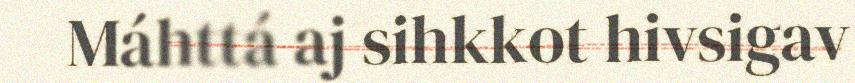
Máhttá aj sihkkot hivsigav